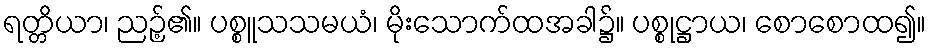
ရတ္တိယာ၊ ညဉ့်၏။ ပစ္စူသသမယံ၊ မိုးသောက်ထအခါ၌။ ပစ္စုဋ္ဌာယ၊ စောစောထ၍။